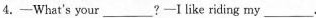
4.—What's your___?—I like riding my___.